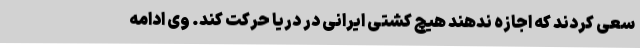
سعی کردند که اجازه ندهند هیچ کشتی ایرانی در دریا حرکت کند. وی ادامه